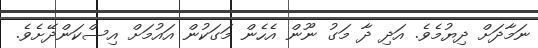
ނަމާދަށް ދިޔުމެވެ. އަދި ދާ މަގު ނޫން އެހެން މަގަކުން އައުމަށް އިސްކަންދޭށެވެ.